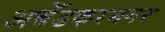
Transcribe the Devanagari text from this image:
अबेँडकरनगर